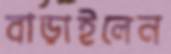
বাড়াইলেন